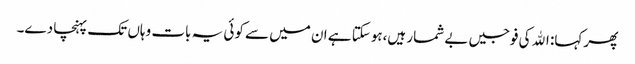
پھر کہا: اﷲ کی فوجیں بے شمار ہیں،ہوسکتا ہے ان میں سے کوئی یہ بات وہاں تک پہنچا دے۔